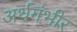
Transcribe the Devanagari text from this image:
अर्थगंभीर